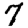
Digit: 7